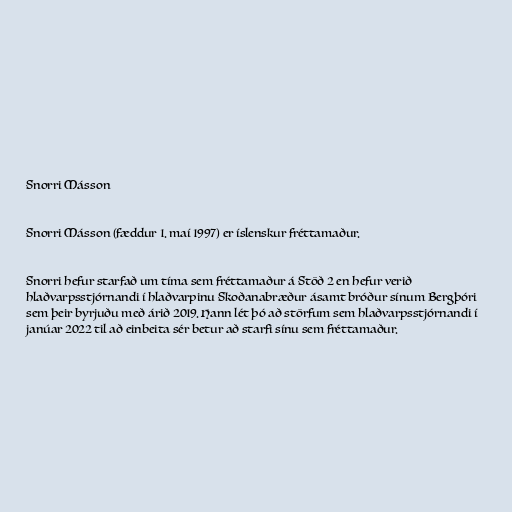
Snorri Másson

Snorri Másson (fæddur 1. maí 1997) er íslenskur fréttamaður.

Snorri hefur starfað um tíma sem fréttamaður á Stöð 2 en hefur verið
hlaðvarpsstjórnandi í hlaðvarpinu Skoðanabræður ásamt bróður sínum Bergþóri
sem þeir byrjuðu með árið 2019. Hann lét þó að störfum sem hlaðvarpsstjórnandi í
janúar 2022 til að einbeita sér betur að starfi sínu sem fréttamaður.